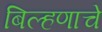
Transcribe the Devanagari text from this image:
बिल्हणाचे